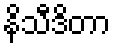
နိသီဒိတာ